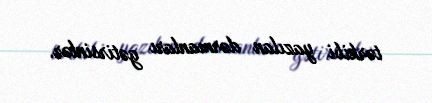
tərkibi yazılan dərmanları gətirsinlər.